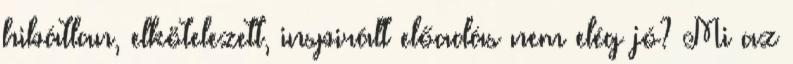
hibátlan, elkötelezett, inspirált előadás nem elég jó? Mi az